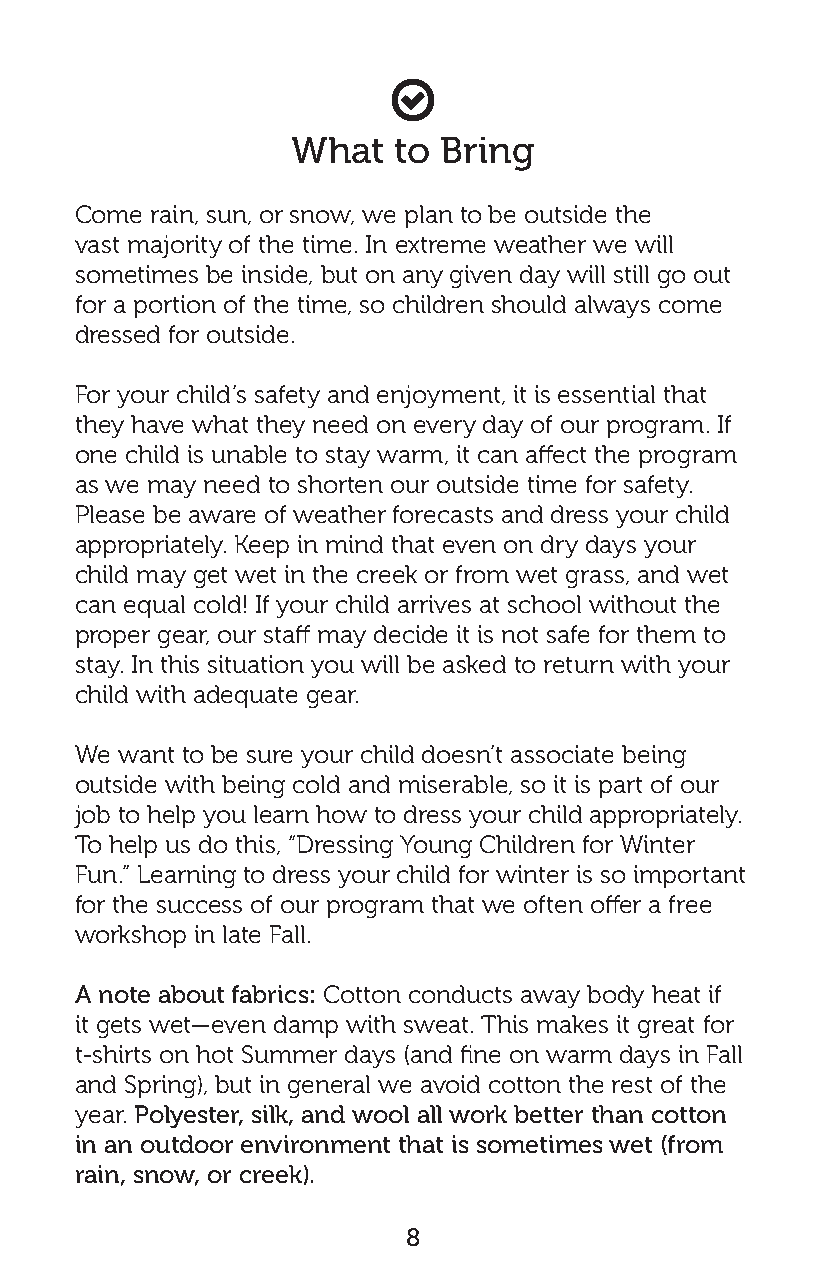

 What   to Bring
 Come rain, sun, or snow, we plan to be outside the
 vast majority of the time. In extreme weather we will
 sometimes be inside, but on any given day will still go out
 for a portion of the time, so children should always come
 dressed for outside.
 For your child’s safety and enjoyment, it is essential that
 they have what they need on every day of our program. If
 one child is unable to stay warm, it can affect the program
 as we may need to shorten our outside time for safety.
 Please be aware of weather forecasts and dress your child
 appropriately. Keep in mind that even on dry days your
 child may get wet in the creek or from wet grass, and wet
 can equal cold! If your child arrives at school without the
 proper gear, our staff may decide it is not safe for them to
 stay. In this situation you will be asked to return with your
 child with adequate gear.
 We want to be sure your child doesn’t associate being
 outside with being cold and miserable, so it is part of our
 job to help you learn how to dress your child appropriately.
 To help us do this, “Dressing Young Children for Winter
 Fun.” Learning to dress your child for winter is so important
 for the success of our program that we often offer a free
 workshop in late Fall.
 A note about fabrics: Cotton conducts away body heat if
 it gets wet—even damp with sweat. This makes it great for
 t-shirts on hot Summer days (and fine on warm days in Fall
 and Spring), but in general we avoid cotton the rest of the
 year. Polyester, silk, and wool all work better than cotton
 in an outdoor environment that is sometimes wet (from
 rain, snow, or creek).
 8